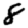
Digit: 8